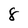
Character: 8